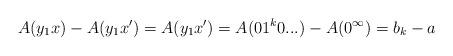
LaTeX: \begin{align*}A(y_1x) - A(y_1x') = A(y_1x') = A(01^k0...) - A(0^\infty) = b_k - a\end{align*}